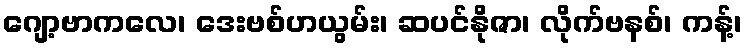
ဂျော့ဗာကလေ၊ ဒေးဗစ်ဟယွမ်း၊ ဆပင်နိုဇာ၊ လိုက်ဗနစ်၊ ကန့်၊